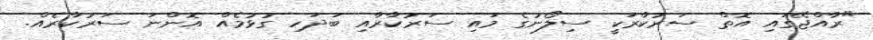
"ރާއްޖޭގައި އޮތް ސަރުކާރަކީ ސިލޯނުގެ މައި ސަރުކާރާއި ބަދަހި ގުޅުމެއް އޮންނަ ސަރުކާރެއް.